Civil Veterinary Department Bihar & Orissa reports 1922-29 - 1922-1929
Year: 1922
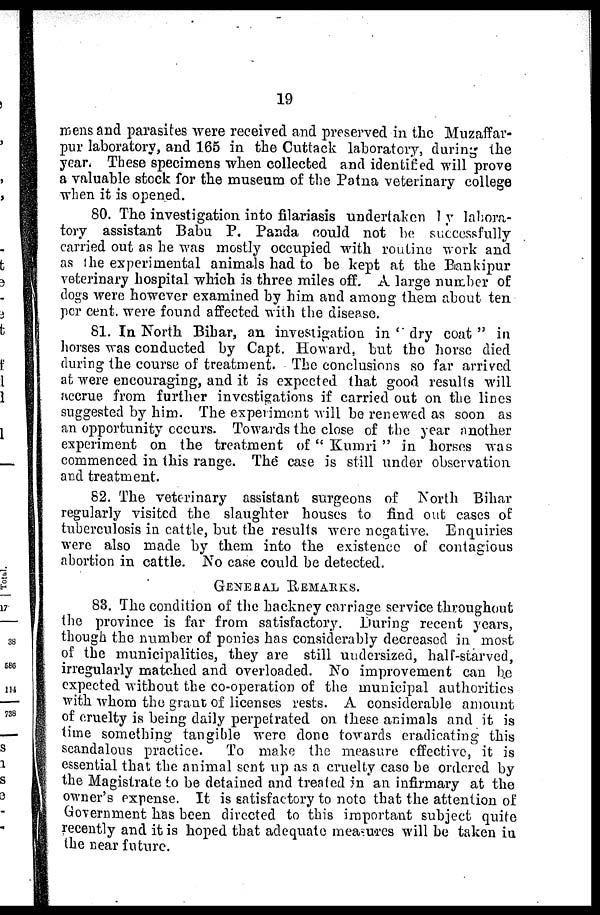
19
mens and parasites were received and preserved in the Muzaffar-
pur laboratory, and 165 in the Cuttack laboratory, during the
year. These specimens when collected and identified will prove
a valuable stock for the museum of the Patna veterinary college
when it is opened.
80. The investigation into filariasis undertaken by labora-
tory assistant Babu P. Panda could not be successfully
carried out as he was mostly occupied with routine work and
as the experimental animals had to be kept at the Biankipur
veterinary hospital which is three miles off. A large number of
dogs were however examined by him and among them about ten
per cent, were found affected with the disease.
81. In North Bihar, an investigation in '' dry coat " in
horses was conducted by Capt. Howard, but the horse died
during the course of treatment. The conclusions so far arrived
at were encouraging, and it is expected that good results will
accrue from further investigations if carried out on the lines
suggested by him. The experiment will be renewed as soon as
an opportunity occurs. Towards the close of the year another
experiment on the treatment of " Kumri " in horses was
commenced in this range. The case is still under observation
and treatment.
82. The veterinary assistant surgeons of North Bihar
regularly visited the slaughter houses to find out cases of
tuberculosis in cattle, but the results were negative. Enquiries
were also made by them into the existence of contagious
abortion in cattle. No case could be detected.
GENERAL
REMARKS.
83. The condition of the hackney carriage service throughout
the province is far from satisfactory. During recent years,
though the number of ponies has considerably decreased in most
of the municipalities, they are still undersized, half-starved,
irregularly matched and overloaded. No improvement can be
expected without the co-operation of the municipal authorities
with whom the grant of licenses rests. A considerable amount
of cruelty is being daily perpetrated on these animals and it is
time something tangible were done towards eradicating this
scandalous practice.
To make the measure effective, it is
essential that the animal sent up as a cruelty case be ordered by
the Magistrate to be detained and treated in an infirmary at the
owner's expense. It is satisfactory to note that the attention of
Government has been directed to this important subject quite
recently and it is hoped that adequate measures will be taken in
the near future.